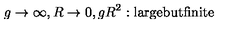
g \to \infty , R \to 0 , g R ^ { 2 } : \mathrm { l a r g e b u t f i n i t e }